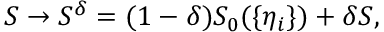
S \to S ^ { \delta } = ( 1 - \delta ) S _ { 0 } ( \{ \eta _ { i } \} ) + \delta S ,